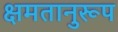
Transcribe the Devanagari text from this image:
क्षमतानुरूप